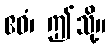
ဧဝံ၊ ဤသို့။